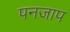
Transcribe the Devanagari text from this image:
पनजाप